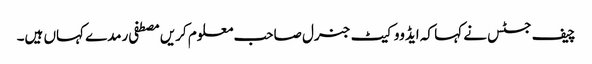
چیف جسٹس نے کہا کہ ایڈووکیٹ جنرل صاحب معلوم کریں مصطفی رمدے کہاں ہیں۔